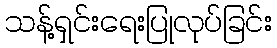
သန့်ရှင်းရေးပြုလုပ်ခြင်း